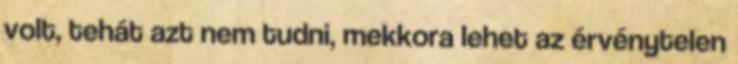
volt, tehát azt nem tudni, mekkora lehet az érvénytelen